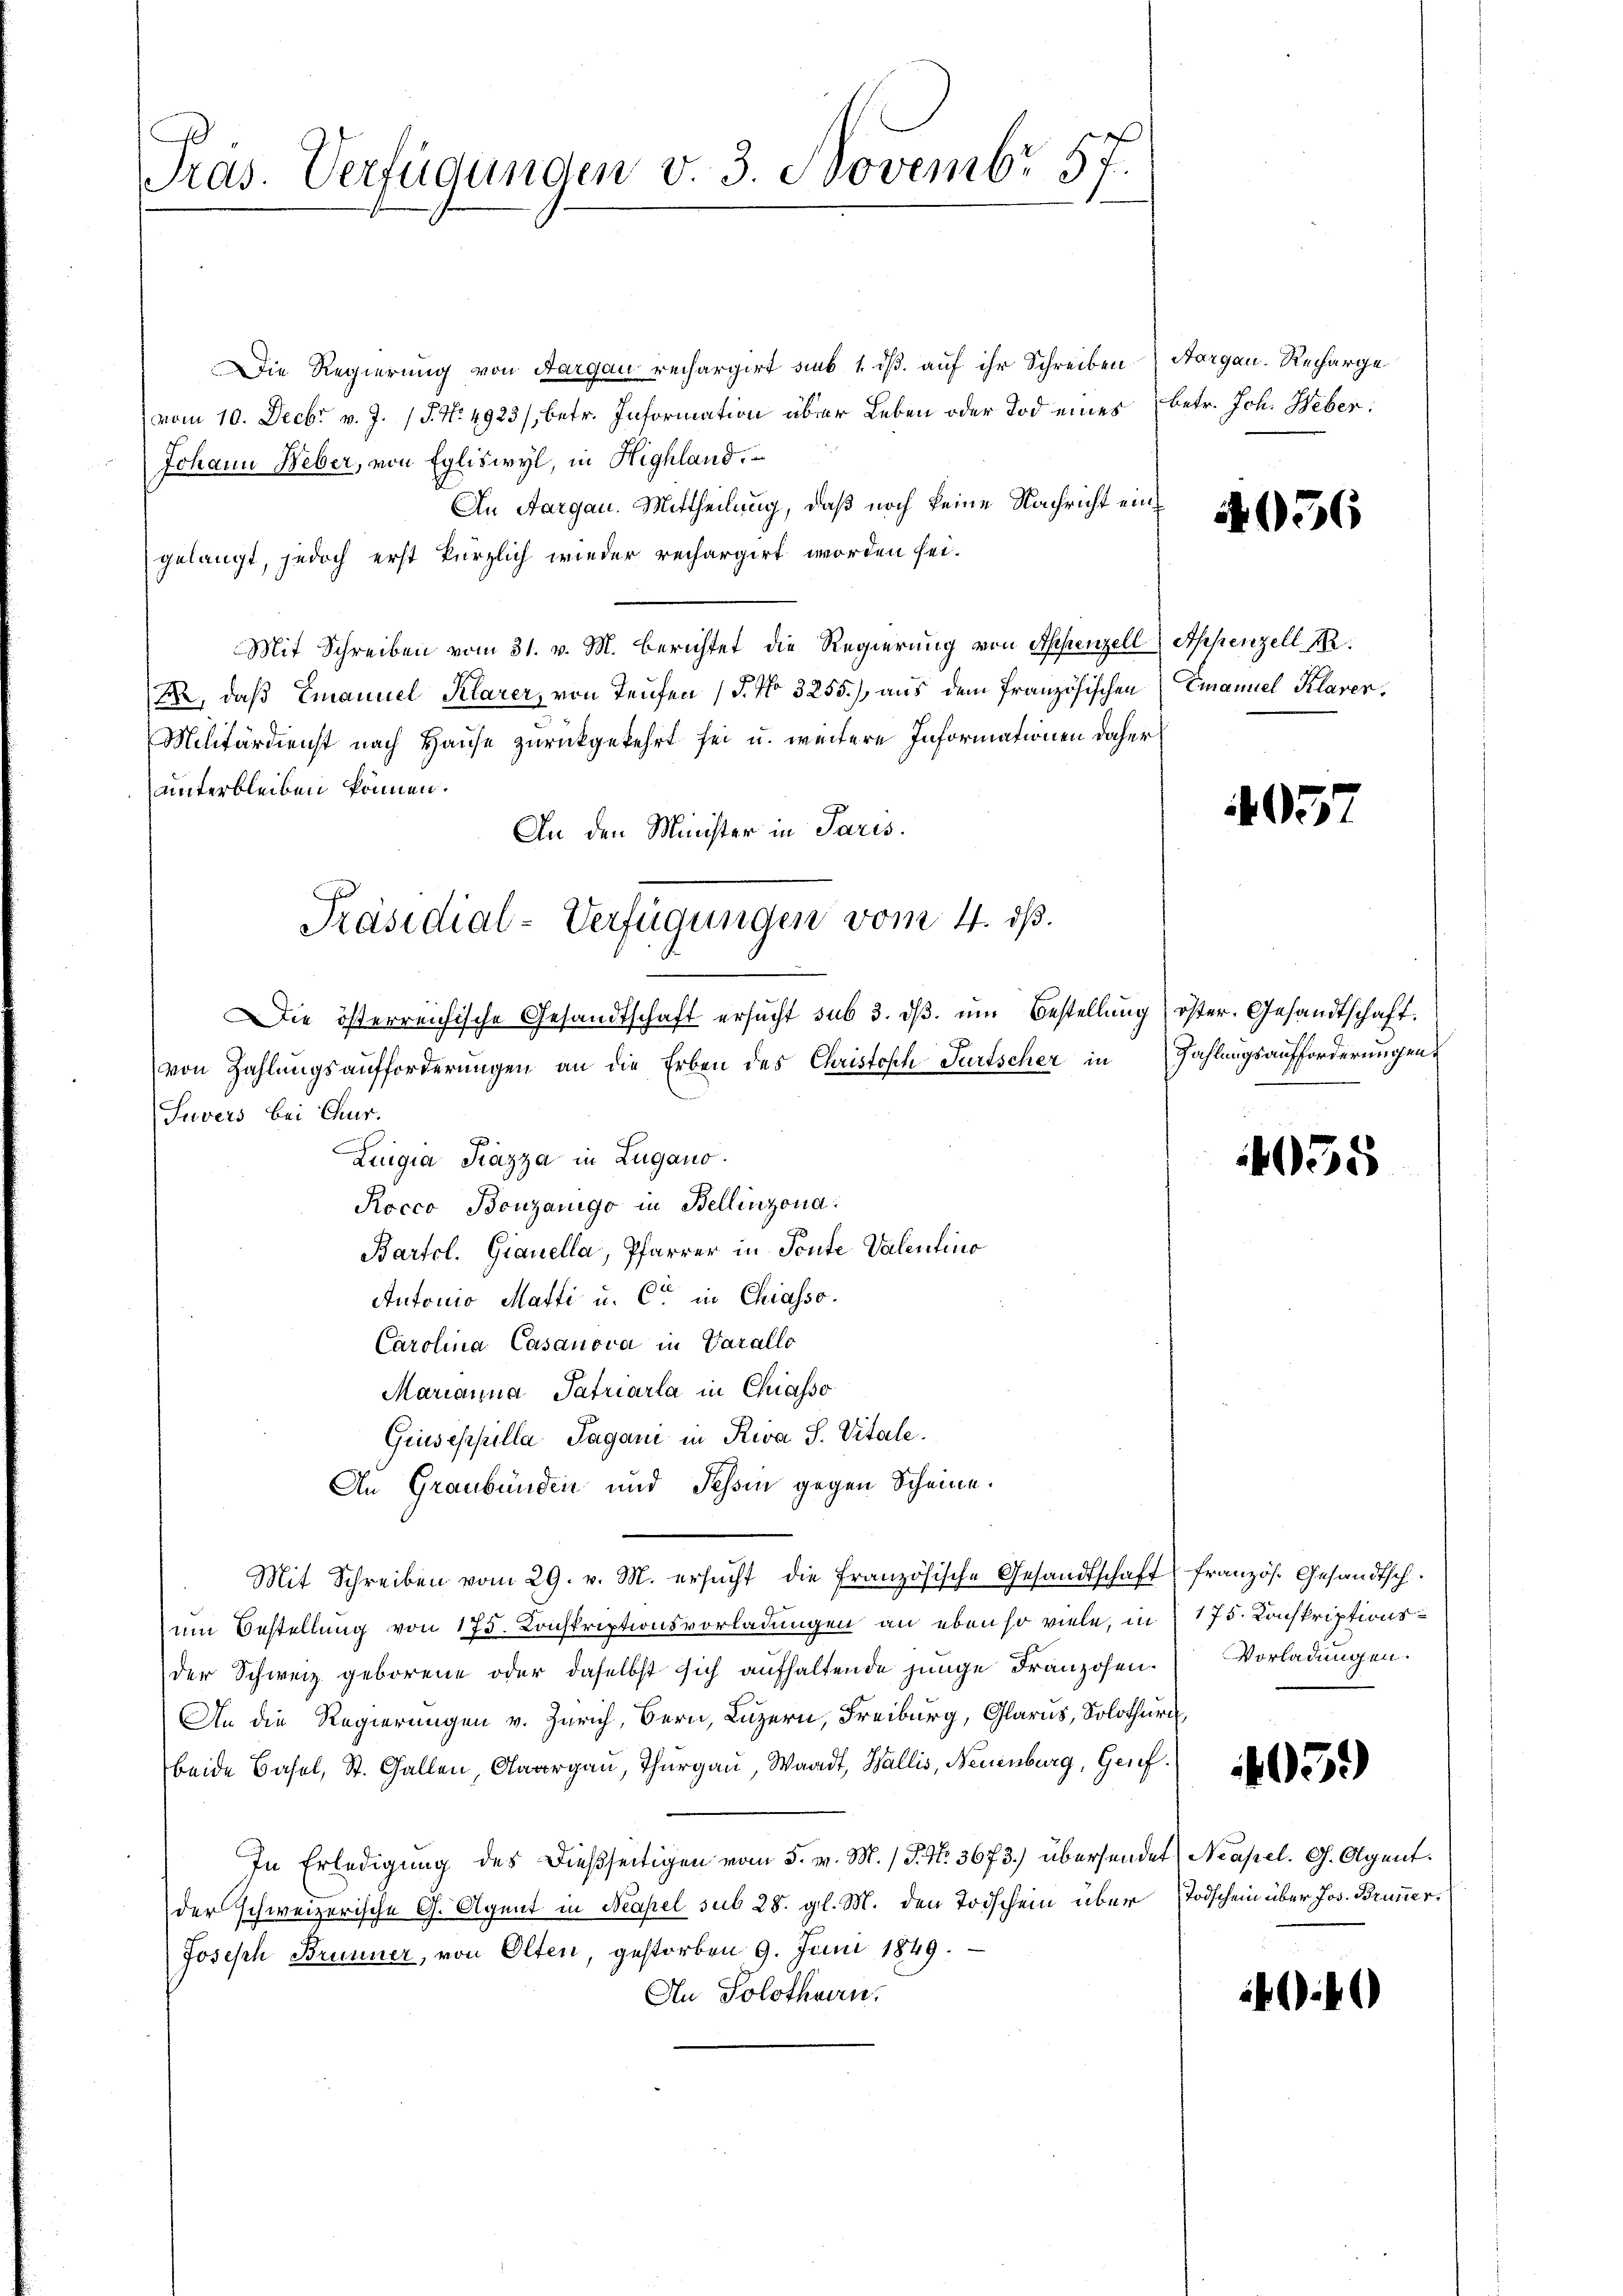
Präs. Verfügungen v. 3. Novembr 57.

Die Regierung von Aargau rechargirt sub 1. dß. auf ihr Schreiben
vom 10. Decbr v. J. J. No. 4923/, betr. Information über Leben oder Tod eines
Johann Weber, von Egliswyl, in Highland.
An Aargau. Mittheilung, daß noch keine Nachricht eingelangt, jedoch erst kürzlich wieder rechargirt worden sei.
Mit Schreiben vom 31. v. M. berichtet die Regierung von Appenzell Appenzell A.
R., daß Emanuel Klarer, von Teufen (§. No 3255), aus dem französischen
Militärdienst nach Hause zurückgekehrt sei u. weitere Informationen daher
unterbleiben können.
An den Minister in Paris.
Die österreichische Gesandtschaft ersucht sub 3. dβ. um Bestellung öster. Gesandtschaft.
von Zahlungsaufforderungen an die Erben des Christisch-Türtscher in
Suvers bei Chur.
Zingia Kazza in Zugano.
Rocco Bouzanigo in Bellinzona.
Bartol. Gianella, Pfarrer in Toute Valentino
Autorio Matti u. Ct. in Chiasso.
Carolina Casanova in Varallo
Marianna Patriarla in Chiasso
Gruseppilla Tagani in Riva S. Vitale.
An Graubünden und Tessin gegen Scheine.
Mit Schreiben vom 29. v. M. ersŭcht die französische Gesandtschaft französ. Gesandtsch
um Bestellung von 175. Konskriptionsvorladungen an ebenso viele, in § 175. Kochkriptionsder Schweiz geborene oder daselbst sich aufhaltende junge Franzosen. Vorladungen.
An die Regierungen v. Zürich, Bern, Luzern, Freiburg, Glarus, Solothurn,
beide Basel, St. Gallen, Aargau, Thurgau, Waadt, Wallis, Neuenburg, Genf.
In Erledigung des dießseitigen vom 5. v. M. (T. N. 3673.) übersender
der schweizerische G. Agent in Neapel sub 28. gl. M. den Todschein über
Joseph Brunner, von Olten, gestorben 9. Juni 1849.
An Solothurn.

Präsidial-Verfügungen vom 4. ds.

Aargau, Recharge
betr. Joh. Weber:

056

Emanuel Klarer.

4057

Zahlungsaufforderungen

4055

405.

Neapel. G. Agent.
Todschein über Jos. Brunner.